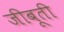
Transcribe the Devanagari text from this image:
जीबूती